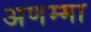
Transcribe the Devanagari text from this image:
अणम्मा